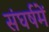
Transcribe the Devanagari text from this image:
संघर्षमें